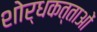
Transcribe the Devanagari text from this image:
शोर्धकत्ताओं